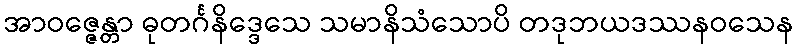
အာဝဇ္ဇေန္တာ ဓုတင်္ဂနိဒ္ဒေသေ သမာနိသံသောပိ တဒုဘယဒဿနဝသေန